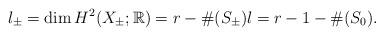
LaTeX: \begin{align*}l_\pm=\dim H^2(X_\pm;\mathbb R)=r-\#(S_\pm) l=r-1-\#(S_0).\end{align*}